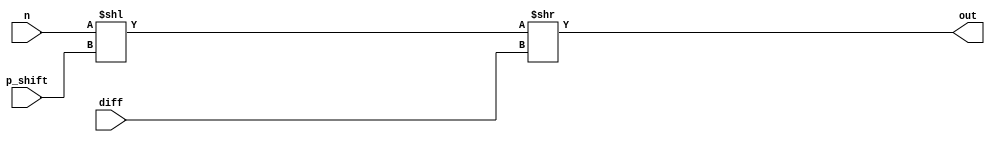
`timescale 1ns / 1ps


module Alignment_Shifter(input [23:0]n, input [7:0]diff, input [5:0]p_shift, output [60:0]out);
    wire [60:0]num;
    wire [60:0]inter1, inter2;
    assign num = {37'b0, n};
    assign inter1 = num << p_shift;
    assign out = inter1 >> diff;
endmodule 





module complement2ss1(sum, sign, out);
    input[60:0]sum;
    input sign;
    output [60:0]out;
    wire [60:0]usum;
    wire [60:0]check;
    
    assign usum[0] = sum[0];
    assign check[0] = sum[0];
    genvar i;
    generate
        for(i=1; i<61; i = i+1)
        begin
            assign usum[i] = check[i-1]?(~sum[i]):sum[i];
            assign check[i] = check[i-1]|sum[i];
        end 
    endgenerate
    
    assign out = sign?usum:sum;
endmodule